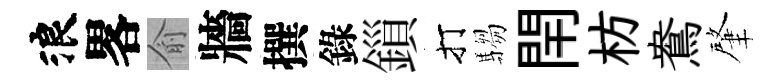
浪畧俞牆撰錄鎻打騶閈枋鴦肇